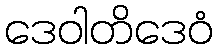
ဒေဝါတိဒေဝံ